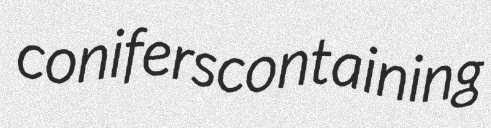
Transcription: conifers containing